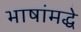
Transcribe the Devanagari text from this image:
भाषांमद्धे